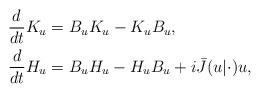
LaTeX: \begin{align*}\frac{d}{dt}K_u&=B_uK_u-K_uB_u,\\\frac{d}{dt}H_u&=B_uH_u-H_uB_u+i\bar{J}(u\vert\cdot )u,\end{align*}